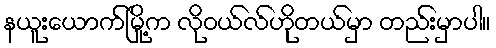
နယူးယောက်မြို့က လိုဝယ်လ်ဟိုတယ်မှာ တည်းမှာပါ။